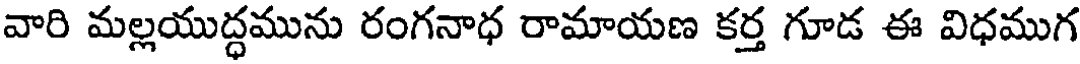
వారి మల్లయుద్ధమును రంగనాధ రామాయణ కర్త గూడ ఈ విధముగ